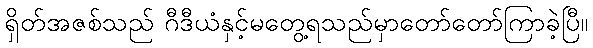
ရှိတ်အဇစ်သည် ဂီဒီယံနှင့်မတွေ့ရသည်မှာတော်တော်ကြာခဲ့ပြီ။